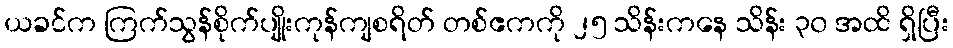
ယခင်က ကြက်သွန်စိုက်ပျိုးကုန်ကျစရိတ် တစ်ဧကကို ၂၅ သိန်းကနေ သိန်း ၃၀ အထိ ရှိပြီး